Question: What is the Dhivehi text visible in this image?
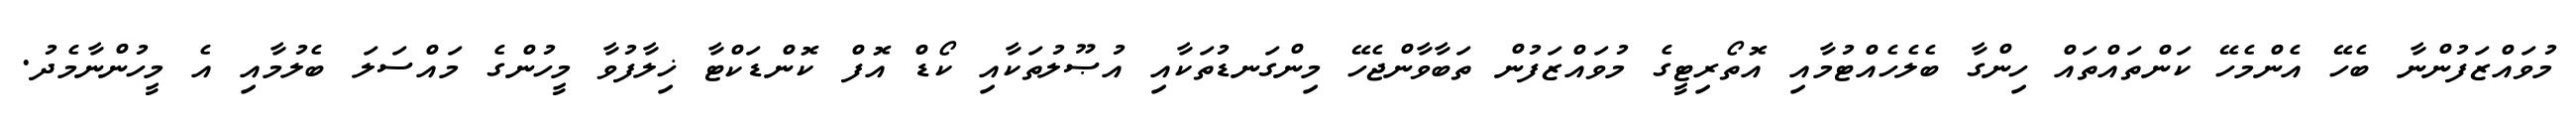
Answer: މުވައްޒަފުންނާ ބެހޭ އެންމެހޭ ކަންތައްތައް ހިންގާ ބެލެހެއްޓުމާއި އޮތޯރިޓީގެ މުވައްޒަފުން ތަބާވާންޖެހޭ މިންގަނޑުތަކާއި އުޞޫލުތަކާއި ކޯޑް އޮފް ކޮންޑަކްޓާ ޚިލާފުވާ މީހުންގެ މައްސަލަ ބެލުމާއި އެ މީހުންނާމެދު.